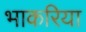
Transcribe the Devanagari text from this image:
भाकरिया